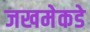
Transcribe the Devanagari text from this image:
जखमेकडे